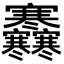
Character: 𡬜